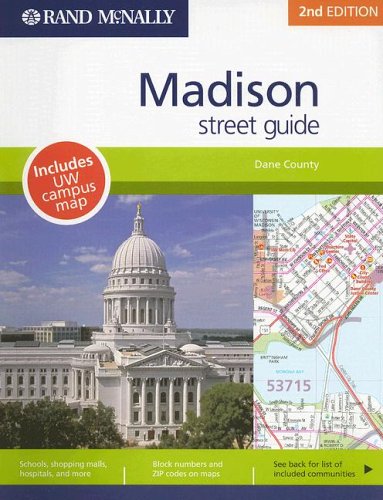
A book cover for Rand McNally Madison Street Guide: Dane County (Rand McNally Madison/Dane County (Wisconsin) Street Guide); Rand Mcnally; Travel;